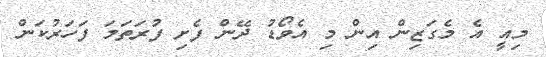
މިއީ އެ މެގަޒިން އިން މި އެވޯޑު ދޭން ފެށި ފުރަތަމަ ފަހަރުކަން